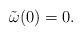
LaTeX: \begin{align*}\tilde{\omega}(0)=0.\end{align*}